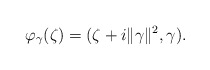
\begin{align*}\varphi_\gamma(\zeta)=(\zeta+i\|\gamma\|^2,\gamma).\end{align*}